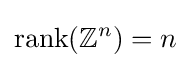
{\rm {rank}}(\mathbb {Z} ^{n})=n